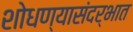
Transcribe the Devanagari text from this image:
शोधण्यासंदर्भात